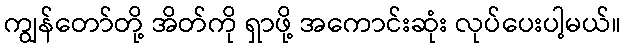
ကျွန်တော်တို့ အိတ်ကို ရှာဖို့ အကောင်းဆုံး လုပ်ပေးပါ့မယ်။